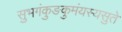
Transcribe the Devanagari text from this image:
सुभगंकुङकुमंयस्यसुते